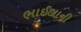
ભાઈલાની